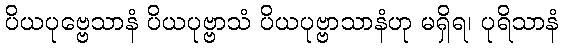
ပိယပုဗ္ဗေသာနံ ပိယပုဗ္ဗာသံ ပိယပုဗ္ဗာသာနံဟု မရှိရ၊ ပုရိသာနံ